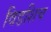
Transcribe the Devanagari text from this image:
विडशिच